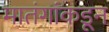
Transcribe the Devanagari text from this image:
मातंगांकडून